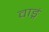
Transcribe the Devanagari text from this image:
वाङ्गं